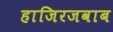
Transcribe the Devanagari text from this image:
हाजिरजवाब